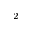
_ 2